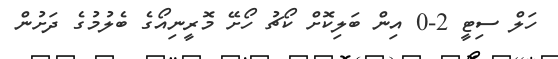
ހަލް ސިޓީ 2-0 އިން ބަލިކޮށް ކޯޗު ހޯށޭ މޮރީނިއޯގެ ބެލުމުގެ ދަށުން